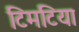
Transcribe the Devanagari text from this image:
टिमटिया